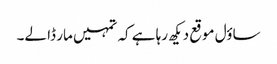
ساؤل موقع دیکھ رہا ہے کہ تمہیں مار ڈا لے۔